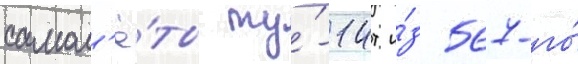
самол'ё́ты ту́-14т и́з 567-го́